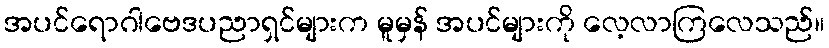
အပင်ရောဂါဗေဒပညာရှင်များက မူမှန် အပင်များကို လေ့လာကြလေသည်။